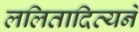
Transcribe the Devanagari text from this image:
ललितादित्यने